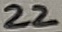
Text: 22